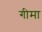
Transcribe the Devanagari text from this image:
गीमा